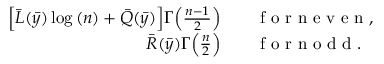
\begin{array} { r l } { \Big [ \bar { L } ( \bar { y } ) \log { ( n ) } + \bar { Q } ( \bar { y } ) \Big ] \Gamma \Big ( \frac { n - 1 } { 2 } \Big ) } & { { } \quad \mathrm { ~ f ~ o ~ r ~ n ~ e ~ v ~ e ~ n ~ } , } \\ { \bar { R } ( \bar { y } ) \Gamma \Big ( \frac { n } { 2 } \Big ) } & { { } \quad \mathrm { ~ f ~ o ~ r ~ n ~ o ~ d ~ d ~ } . } \end{array}